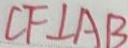
C F \bot A B